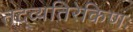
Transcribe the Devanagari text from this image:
तद्व्यतिरेकिणः